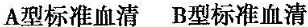
A型标准血清 B型标准血清